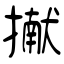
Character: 擜